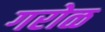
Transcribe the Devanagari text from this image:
गरोळ